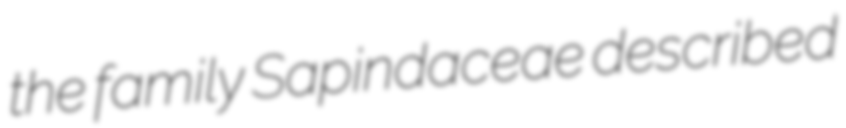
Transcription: the family Sapindaceae described